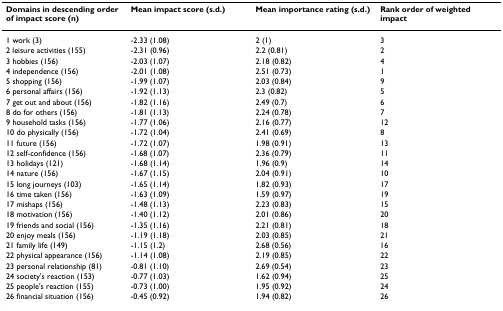
<table><thead><tr><td><b>Domains in descending order of impact score (n)</b></td><td><b>Mean impact score (s.d.)</b></td><td><b>Mean importance rating (s.d.)</b></td><td><b>Rank order of weighted impact</b></td></tr></thead><tbody><tr><td>1 work (3)</td><td>-2.33 (1.08)</td><td>2 (1)</td><td>3</td></tr><tr><td>2 leisure activities (155)</td><td>-2.31 (0.96)</td><td>2.2 (0.81)</td><td>2</td></tr><tr><td>3 hobbies (156)</td><td>-2.03 (1.07)</td><td>2.18 (0.82)</td><td>4</td></tr><tr><td>4 independence (156)</td><td>-2.01 (1.08)</td><td>2.51 (0.73)</td><td>1</td></tr><tr><td>5 shopping (156)</td><td>-1.99 (1.07)</td><td>2.03 (0.84)</td><td>9</td></tr><tr><td>6 personal affairs (156)</td><td>-1.92 (1.13)</td><td>2.3 (0.82)</td><td>5</td></tr><tr><td>7 get out and about (156)</td><td>-1.82 (1.16)</td><td>2.49 (0.7)</td><td>6</td></tr><tr><td>8 do for others (156)</td><td>-1.81 (1.13)</td><td>2.24 (0.78)</td><td>7</td></tr><tr><td>9 household tasks (156)</td><td>-1.77 (1.06)</td><td>2.16 (0.77)</td><td>12</td></tr><tr><td>10 do physically (156)</td><td>-1.72 (1.04)</td><td>2.41 (0.69)</td><td>8</td></tr><tr><td>11 future (156)</td><td>-1.72 (1.07)</td><td>1.98 (0.91)</td><td>13</td></tr><tr><td>12 self-confidence (156)</td><td>-1.68 (1.07)</td><td>2.36 (0.79)</td><td>11</td></tr><tr><td>13 holidays (121)</td><td>-1.68 (1.14)</td><td>1.96 (0.9)</td><td>14</td></tr><tr><td>14 nature (156)</td><td>-1.67 (1.15)</td><td>2.04 (0.91)</td><td>10</td></tr><tr><td>15 long journeys (103)</td><td>-1.65 (1.14)</td><td>1.82 (0.93)</td><td>17</td></tr><tr><td>16 time taken (156)</td><td>-1.63 (1.09)</td><td>1.59 (0.97)</td><td>19</td></tr><tr><td>17 mishaps (156)</td><td>-1.48 (1.13)</td><td>2.23 (0.83)</td><td>15</td></tr><tr><td>18 motivation (156)</td><td>-1.40 (1.12)</td><td>2.01 (0.86)</td><td>20</td></tr><tr><td>19 friends and social (156)</td><td>-1.35 (1.16)</td><td>2.21 (0.81)</td><td>18</td></tr><tr><td>20 enjoy meals (156)</td><td>-1.19 (1.18)</td><td>2.03 (0.85)</td><td>21</td></tr><tr><td>21 family life (149)</td><td>-1.15 (1.2)</td><td>2.68 (0.56)</td><td>16</td></tr><tr><td>22 physical appearance (156)</td><td>-1.14 (1.08)</td><td>2.19 (0.85)</td><td>22</td></tr><tr><td>23 personal relationship (81)</td><td>-0.81 (1.10)</td><td>2.69 (0.54)</td><td>23</td></tr><tr><td>24 society&#x27;s reaction (153)</td><td>-0.77 (1.03)</td><td>1.62 (0.94)</td><td>25</td></tr><tr><td>25 people&#x27;s reaction (155)</td><td>-0.73 (1.00)</td><td>1.95 (0.92)</td><td>24</td></tr><tr><td>26 financial situation (156)</td><td>-0.45 (0.92)</td><td>1.94 (0.82)</td><td>26</td></tr></tbody></table>